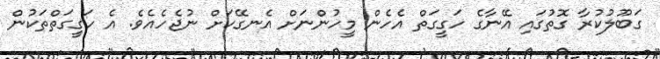
ގަބޫލުކުރާ ގޮތުގައި އޭނާގެ ހަގީގަތް އެހެން މީހުންނަށް އެނގޭކަށް ނުޖެހެއެވެ. އެ ހަގީގަތްތަކުން